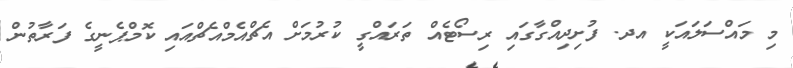
މި މައްސަލައަކީ އދ. ފުށިދިއްގާގައި ރިސޯޓެއް ތަރައްގީ ކުރުމަށް އެޗްއެމްއެޗްއައި ކޮމްޕެނީގެ ފަރާތުން